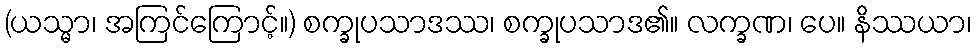
(ယသ္မာ၊ အကြင်ကြောင့်။) စက္ခုပသာဒဿ၊ စက္ခုပသာဒ၏။ လက္ခဏ၊ ပေ။ နိဿယာ၊